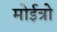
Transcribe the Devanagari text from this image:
मोईत्रो